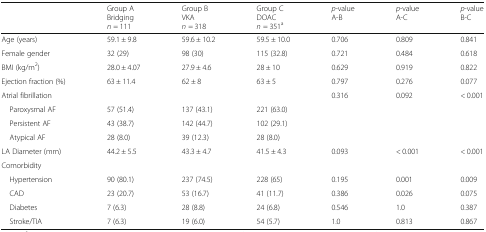
|  | Group ABridgingn = 111 | Group BVKAn = 318 | Group CDOACn = 351a | p-valueA-B | p-valueA-C | p-valueB-C |
 | --- | --- | --- | --- | --- | --- | --- |
 | Age (years) | 59.1 ± 9.8 | 59.6 ± 10.2 | 59.5 ± 10.0 | 0.706 | 0.809 | 0.841 |
 | Female gender | 32 (29) | 98 (30) | 115 (32.8) | 0.721 | 0.484 | 0.618 |
 | BMI (kg/m2) | 28.0 ± 4.07 | 27.9 ± 4.6 | 28 ± 10 | 0.629 | 0.919 | 0.822 |
 | Ejection fraction (%) | 63 ± 11.4 | 62 ± 8 | 63 ± 5 | 0.797 | 0.276 | 0.077 |
 | Atrial fibrillation |  |  |  | 0.316 | 0.092 | < 0.001 |
 | Paroxysmal AF | 57 (51.4) | 137 (43.1) | 221 (63.0) |  |  |  |
 | Persistent AF | 43 (38.7) | 142 (44.7) | 102 (29.1) |  |  |  |
 | Atypical AF | 28 (8.0) | 39 (12.3) | 28 (8.0) |  |  |  |
 | LA Diameter (mm) | 44.2 ± 5.5 | 43.3 ± 4.7 | 41.5 ± 4.3 | 0.093 | < 0.001 | < 0.001 |
 | <COLSPAN=7> Comorbidity |
 | Hypertension | 90 (80.1) | 237 (74.5) | 228 (65) | 0.195 | 0.001 | 0.009 |
 | CAD | 23 (20.7) | 53 (16.7) | 41 (11.7) | 0.386 | 0.026 | 0.075 |
 | Diabetes | 7 (6.3) | 28 (8.8) | 24 (6.8) | 0.546 | 1.0 | 0.387 |
 | Stroke/TIA | 7 (6.3) | 19 (6.0) | 54 (5.7) | 1.0 | 0.813 | 0.867 |